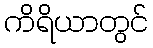
ကိရိယာတွင်